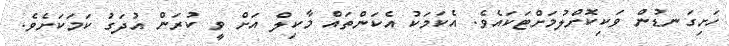
ހަށިގަނޑުން ވަކިކޮށްލުމަށްޓަކައެވެ. އެކަމަކު އެކަންތައް މާކިލް އަށް ވީ ކުރަން އުދަގު ކަމަކަށެވެ.